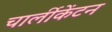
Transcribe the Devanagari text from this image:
चार्लीकेंटन